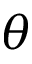
\theta